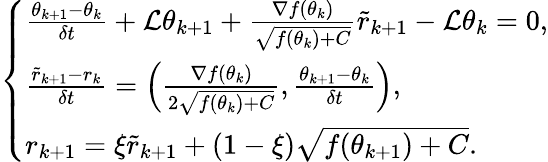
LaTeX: \left\{ \begin{array}{ll}{\frac{\theta_{k+1}-\theta_{k}}{\delta t}+\mathcal{L}\theta_{k+1}+\frac{\nabla f({{\theta}}_{k})}{\sqrt{f({\theta}_{k})+C}}\tilde{r}_{k+1}-\mathcal{L}\theta_{k}=0,}\\ {\frac{\tilde{r}_{k+1}-r_{k}}{\delta t}=\left(\frac{\nabla f({\theta}_{k})}{2\sqrt{f({\theta}_{k})+C}},\frac{\theta_{k+1}-\theta_{k}}{\delta t}\right),}\\ {r_{k+1}=\xi\tilde{r}_{k+1}+(1-\xi)\sqrt{f(\theta_{k+1})+C}.}\end{array}\right.